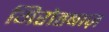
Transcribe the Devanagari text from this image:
गिरोहबाज़